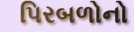
પિરબળોનો